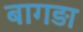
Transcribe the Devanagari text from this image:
बागड़ा